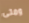
ومتى